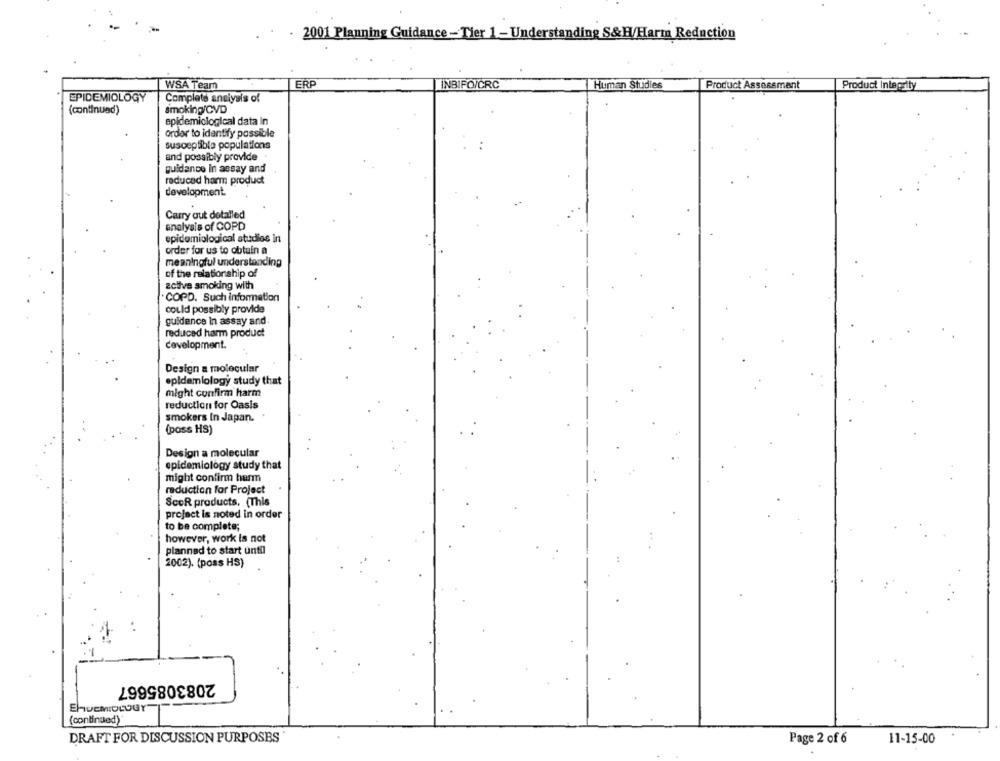
2001 Planning Guidance - Tier 1 -Understanding S&H/Harm Reduction
ERP
INBIFO/CRC
Human Studies
WSA Team
Product Assessment
Product Integrity
EPIDEMIOLOGY
Complete analysis of
(continued)
smoking/CVD
epidemiological data In
order to identify possible
susceptible populations
and possibly provide
guidance in assay and
reduced harm product
development
Carry out detalled
analysis of COPD
epidemiological studies in
order for us to obtain a
meaningful understanding
of the relationship of
zclive smoking with
COPD. Such information
could possibly provide
guidence In assay and
reduced harm product
development.
Design a molecular
epidemiology study that
might confirm harm
reduction for Oasis
smokers In Japan.
(pass HS)
Design a molecular
epidemiology study that
might confirm harm
reduction for Project
ScoR products. (This
project is noted in order
to be complete;
however, work is not
planned to start until
2002). (poss HS)
2083085667
EHUEMIOLOGY
(continued)
DRAFT FOR DISCUSSION PURPOSES
Page 2 of 6
11-15-00